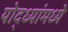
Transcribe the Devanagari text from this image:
योद्ध्यांमध्ये